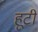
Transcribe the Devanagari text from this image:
हूटी